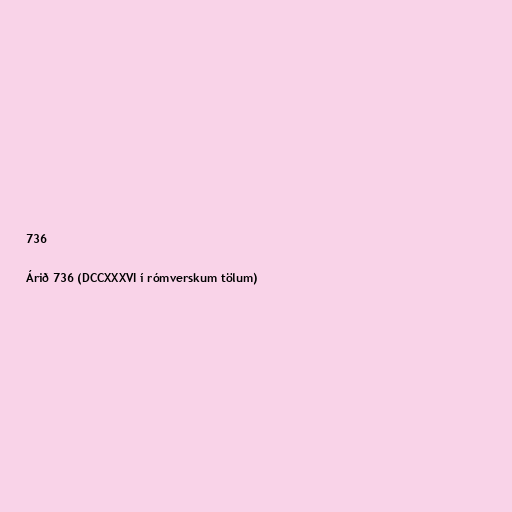
736

Árið 736 (DCCXXXVI í rómverskum tölum)